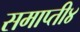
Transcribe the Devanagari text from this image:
समाप्ती४